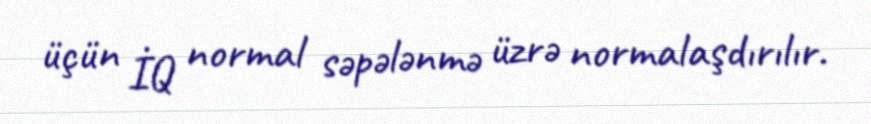
üçün İQ normal səpələnmə üzrə normalaşdırılır.